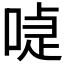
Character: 𠸝